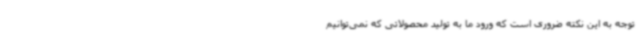
توجه به این نکته ضروری است که ورود ما به تولید محصولاتی که نمی‌توانیم